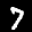
Label: 7